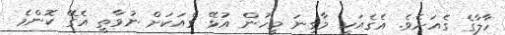
ހާލާގެ ގެއަށެވެ. އެގެއަކީ މާގިނަ މީހުން އުޅޭ ގެއަކަށް ނުވާތީ އެގޭ ކޮންމެ